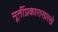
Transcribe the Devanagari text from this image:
मूर्तीप्रकारासारखे